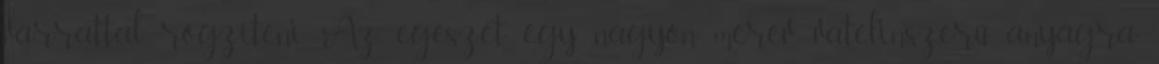
varrattal rögzíteni. Az egészet egy nagyon merev vatelinszerű anyagra